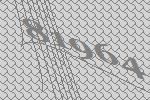
81964